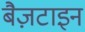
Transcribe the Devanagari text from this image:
बैज़टाइन